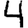
Digit: 4